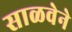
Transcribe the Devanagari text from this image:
साळवेने